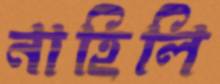
নাহিলি